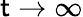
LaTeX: \mathsf{t}\to\infty